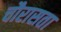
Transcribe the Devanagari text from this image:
चौरासता